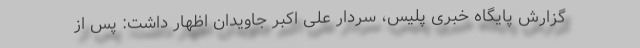
گزارش پایگاه خبری پلیس، سردار علی اکبر جاویدان اظهار داشت: پس از